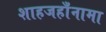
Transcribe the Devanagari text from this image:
शाहजहाँनामा